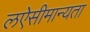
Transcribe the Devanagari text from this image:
लऐसीमान्यता